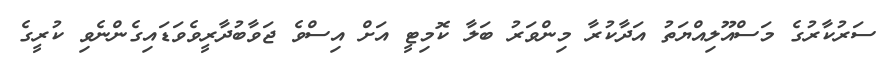
ސަރުކާރުގެ މަސްއޫލިއްޔަތު އަދާކުރާ މިންވަރު ބަލާ ކޮމިޓީ އަށް އިސްވެ ޖަވާބުދާރީވެވަޑައިގެންނެވި ކުރީގެ